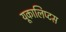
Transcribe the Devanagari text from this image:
यूकालिप्टस